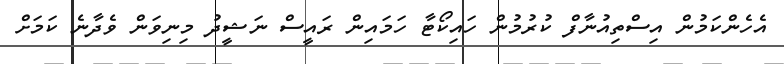
އެހެންކަމުން އިސްތިއުނާފް ކުރުމުން ހައިކޯޓާ ހަމައިން ރައީސް ނަޝީދު މިނިވަން ވެދާނެ ކަމަށް